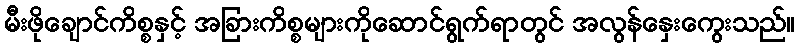
မီးဖိုချောင်ကိစ္စနှင့် အခြားကိစ္စများကိုဆောင်ရွက်ရာတွင် အလွန်နှေးကွေးသည်။